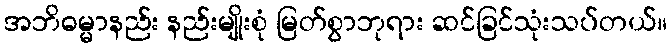
အဘိဓမ္မာနည်း နည်းမျိုးစုံ မြတ်စွာဘုရား ဆင်ခြင်သုံးသပ်တယ်။